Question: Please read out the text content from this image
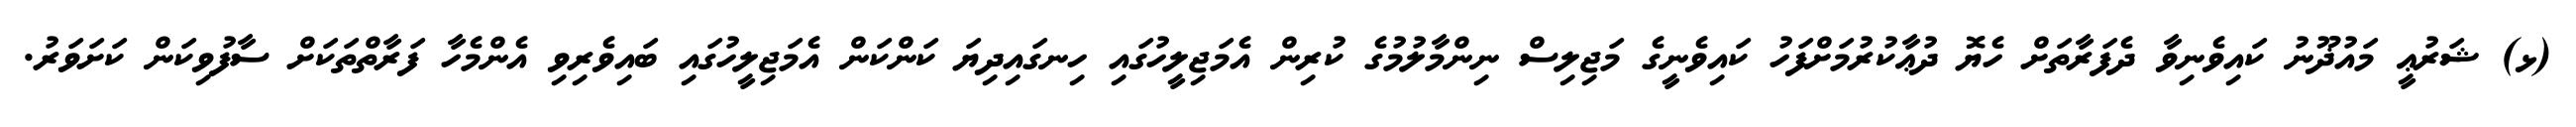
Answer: (ޅ) ޝަރުޢީ މައުޛޫނު ކައިވެނިވާ ދެފަރާތަށް ހެޔޮ ދުޢާކުރުމަށްފަހު ކައިވެނީގެ މަޖިލިސް ނިންމާލުމުގެ ކުރިން އެމަޖިލީހުގައި ހިނގައިދިޔަ ކަންކަން އެމަޖިލީހުގައި ބައިވެރިވި އެންމެހާ ފަރާތްތަކަށް ސާފުވިކަން ކަށަވަރު.